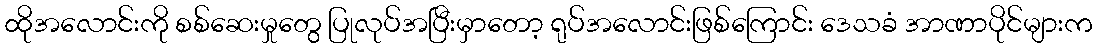
ထိုအလောင်းကို စစ်ဆေးမှုတွေ ပြုလုပ်အပြီးမှာတော့ ရုပ်အလောင်းဖြစ်ကြောင်း ဒေသခံ အာဏာပိုင်များက